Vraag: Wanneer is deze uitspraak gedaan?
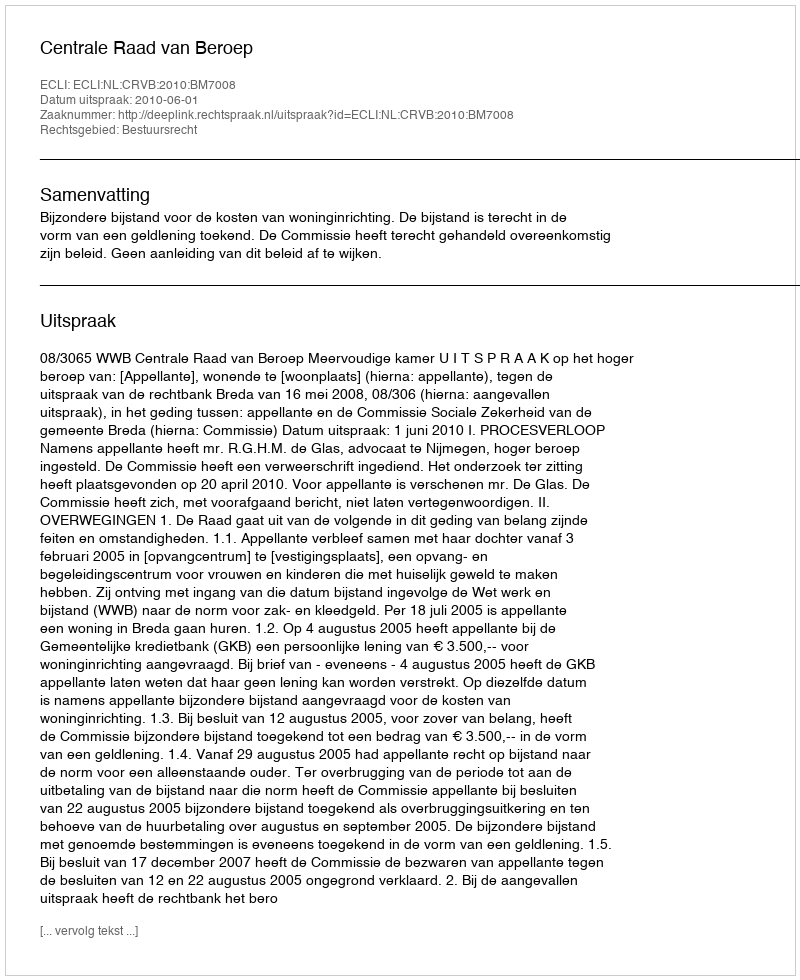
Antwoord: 2010-06-01